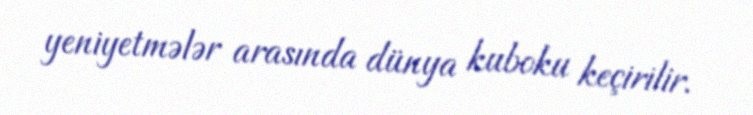
yeniyetmələr arasında dünya kuboku keçirilir.